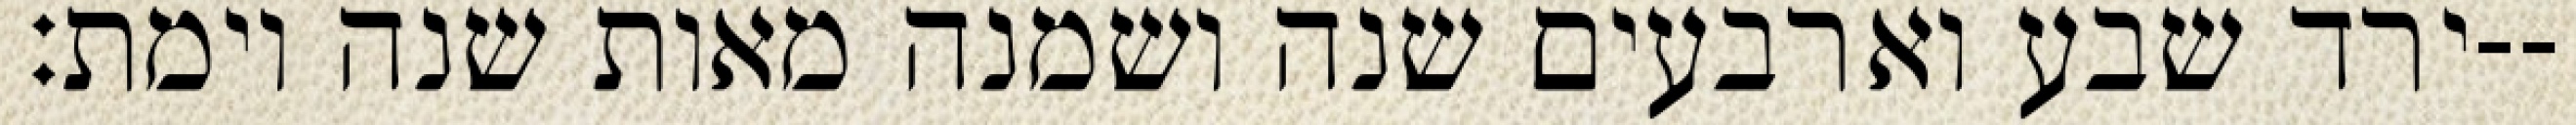
ירד שבע וארבעים שנה ושמנה מאות שנה וימת׃--